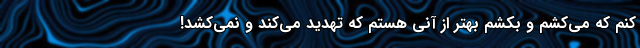
کنم که می‌کُشم و بکُشم بهتر از آنی هستم که تهدید می‌کند و نمی‌کُشد!